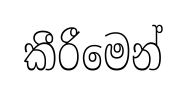
කීරීමෙන්